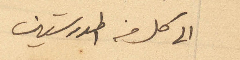
الى كل من المدرستين